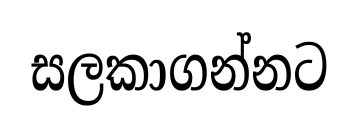
සලකාගන්නට